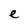
Character: e